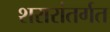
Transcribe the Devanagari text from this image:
शरारांतर्गत